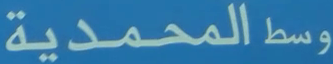
وسطالمحمدية